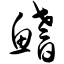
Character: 鳍